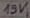
Text: 15V